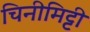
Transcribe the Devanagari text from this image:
चिनीमिट्टी